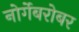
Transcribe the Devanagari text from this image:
नोर्गेबरोबर